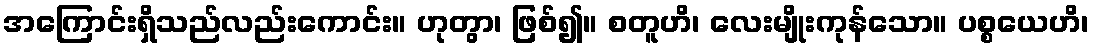
အကြောင်းရှိသည်လည်းကောင်း။ ဟုတွာ၊ ဖြစ်၍။ စတူဟိ၊ လေးမျိုးကုန်သော။ ပစ္စယေဟိ၊